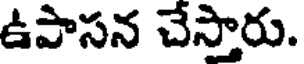
ఉపాసన చేస్తారు.